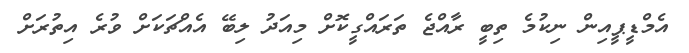
އެމްޑީޕީއިން ނިކުމެ ތިބީ ރާއްޖެ ތަރައްގީކޮށް މިއަދު ލިބޭ އެއްޗަކަށް ވުރެ އިތުރަށް